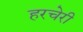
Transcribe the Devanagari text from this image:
हरचेरी